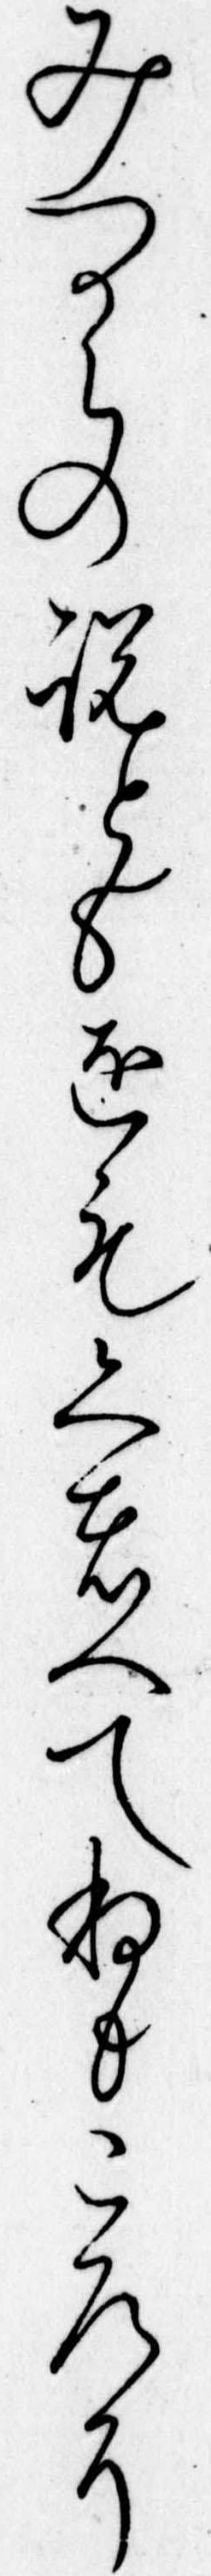
みつからの説ともをもくはへてねもころに